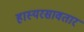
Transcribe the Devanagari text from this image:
हास्यरसावतार